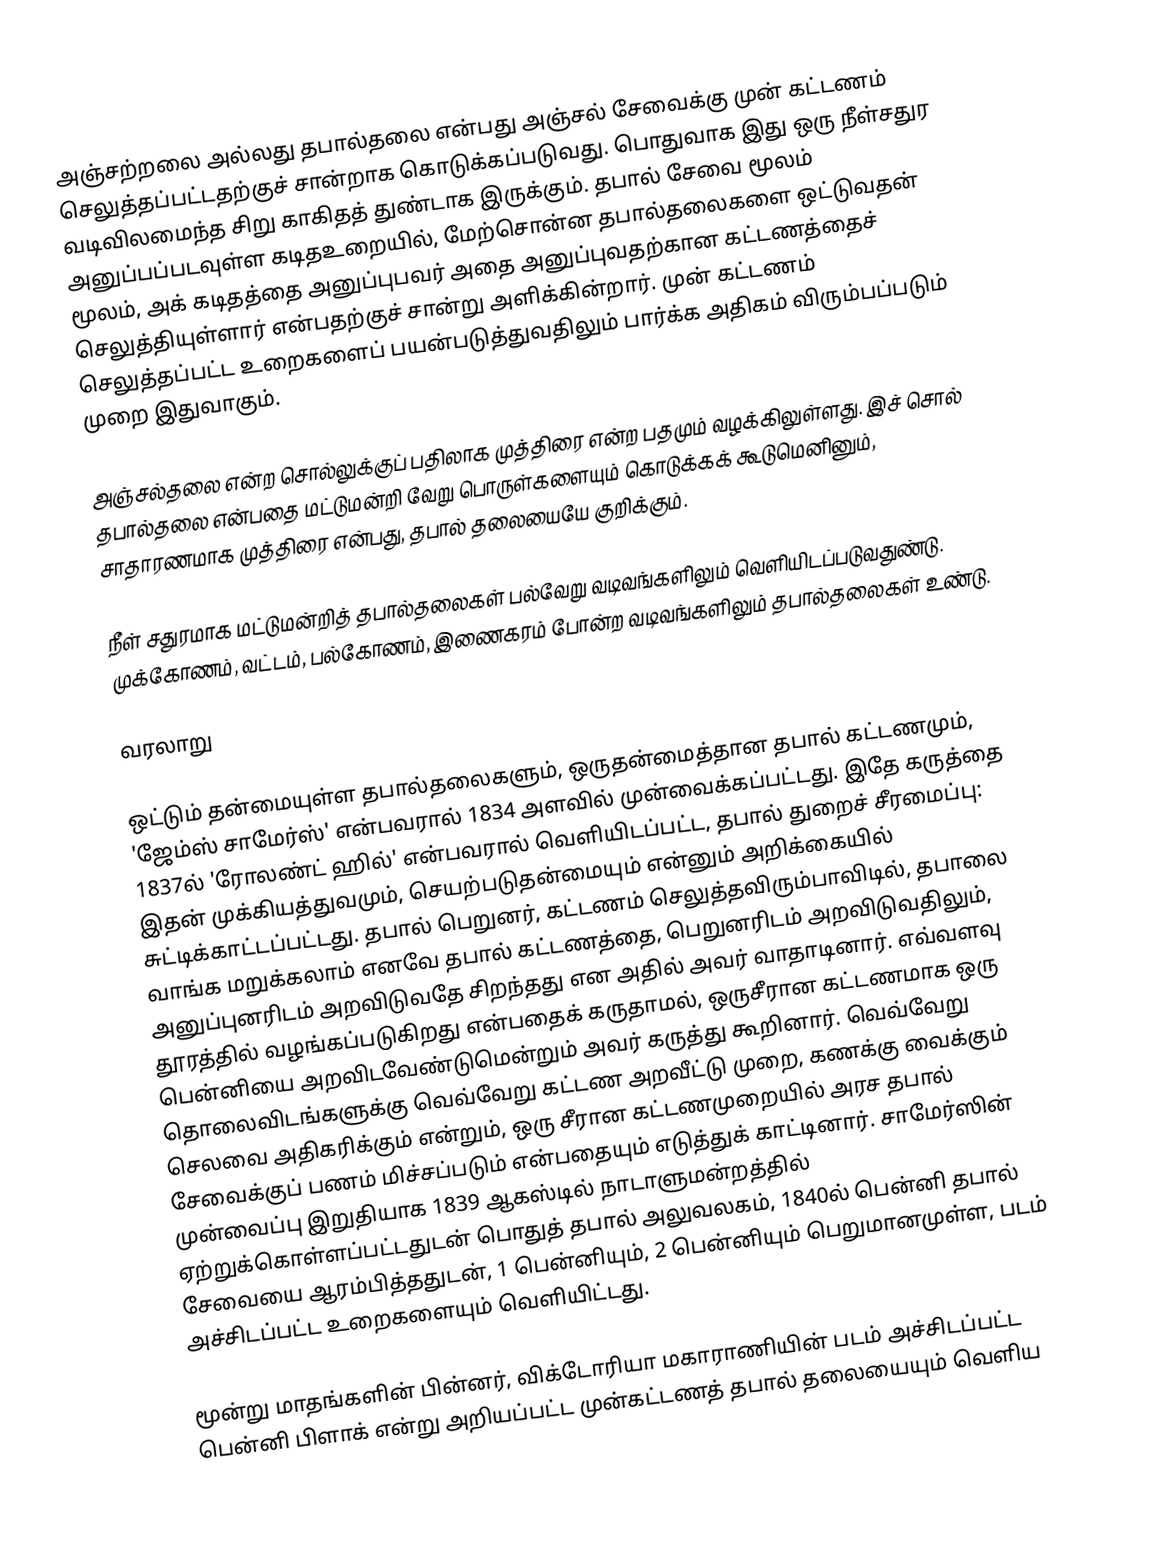
அஞ்சற்றலை அல்லது தபால்தலை என்பது அஞ்சல் சேவைக்கு முன் கட்டணம் செலுத்தப்பட்டதற்குச் சான்றாக கொடுக்கப்படுவது. பொதுவாக இது ஒரு நீள்சதுர வடிவிலமைந்த சிறு காகிதத் துண்டாக இருக்கும். தபால் சேவை மூலம் அனுப்பப்படவுள்ள கடிதஉறையில், மேற்சொன்ன தபால்தலைகளை ஒட்டுவதன் மூலம், அக் கடிதத்தை அனுப்புபவர் அதை அனுப்புவதற்கான கட்டணத்தைச் செலுத்தியுள்ளார் என்பதற்குச் சான்று அளிக்கின்றார். முன் கட்டணம் செலுத்தப்பட்ட உறைகளைப் பயன்படுத்துவதிலும் பார்க்க அதிகம் விரும்பப்படும் முறை இதுவாகும்.

அஞ்சல்தலை என்ற சொல்லுக்குப் பதிலாக முத்திரை என்ற பதமும் வழக்கிலுள்ளது. இச் சொல் தபால்தலை என்பதை மட்டுமன்றி வேறு பொருள்களையும் கொடுக்கக் கூடுமெனினும், சாதாரணமாக முத்திரை என்பது, தபால் தலையையே குறிக்கும்.

நீள் சதுரமாக மட்டுமன்றித் தபால்தலைகள் பல்வேறு வடிவங்களிலும் வெளியிடப்படுவதுண்டு. முக்கோணம், வட்டம், பல்கோணம், இணைகரம் போன்ற வடிவங்களிலும் தபால்தலைகள் உண்டு.

வரலாறு

ஒட்டும் தன்மையுள்ள தபால்தலைகளும், ஒருதன்மைத்தான தபால் கட்டணமும், 'ஜேம்ஸ் சாமேர்ஸ்' என்பவரால் 1834 அளவில் முன்வைக்கப்பட்டது. இதே கருத்தை 1837ல் 'ரோலண்ட் ஹில்' என்பவரால் வெளியிடப்பட்ட, தபால் துறைச் சீரமைப்பு: இதன் முக்கியத்துவமும், செயற்படுதன்மையும் என்னும் அறிக்கையில் சுட்டிக்காட்டப்பட்டது. தபால் பெறுனர், கட்டணம் செலுத்தவிரும்பாவிடில், தபாலை வாங்க மறுக்கலாம் எனவே தபால் கட்டணத்தை, பெறுனரிடம் அறவிடுவதிலும், அனுப்புனரிடம் அறவிடுவதே சிறந்தது என அதில் அவர் வாதாடினார். எவ்வளவு தூரத்தில் வழங்கப்படுகிறது என்பதைக் கருதாமல், ஒருசீரான கட்டணமாக ஒரு பென்னியை அறவிடவேண்டுமென்றும் அவர் கருத்து கூறினார். வெவ்வேறு தொலைவிடங்களுக்கு வெவ்வேறு கட்டண அறவீட்டு முறை, கணக்கு வைக்கும் செலவை அதிகரிக்கும் என்றும், ஒரு சீரான கட்டணமுறையில் அரச தபால் சேவைக்குப் பணம் மிச்சப்படும் என்பதையும் எடுத்துக் காட்டினார். சாமேர்ஸின் முன்வைப்பு இறுதியாக 1839 ஆகஸ்டில் நாடாளுமன்றத்தில் ஏற்றுக்கொள்ளப்பட்டதுடன் பொதுத் தபால் அலுவலகம், 1840ல் பென்னி தபால் சேவையை ஆரம்பித்ததுடன், 1 பென்னியும், 2 பென்னியும் பெறுமானமுள்ள, படம் அச்சிடப்பட்ட உறைகளையும் வெளியிட்டது.

மூன்று மாதங்களின் பின்னர், விக்டோரியா மகாராணியின் படம் அச்சிடப்பட்ட பென்னி பிளாக் என்று அறியப்பட்ட முன்கட்டணத் தபால் தலையையும் வெளிய